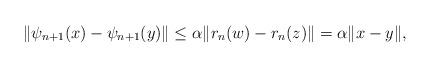
LaTeX: \begin{align*}\Vert \psi_{n+1}(x)-\psi_{n+1}(y)\Vert \leq \alpha\Vert r_{n}(w)-r_{n}(z)\Vert = \alpha\Vert x-y\Vert ,\end{align*}